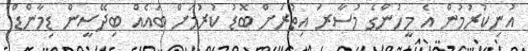
އުނިކުރުމުން އެ މީހުންގެ މުސާރަ އިތުރަށް ބޮޑު ކުރުމަށް ބައެއް ބިދޭސީން ޑިމާންޑް